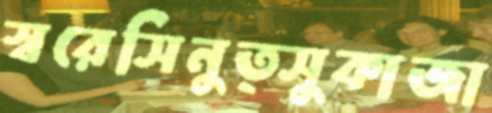
স্বরেসিনুত্সুকাজা